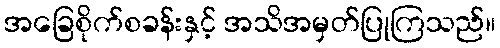
အခြေစိုက်စခန်းနှင့် အသိအမှတ်ပြုကြသည်။